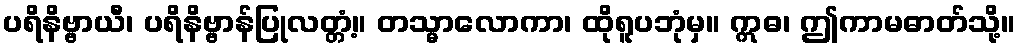
ပရိနိဗ္ဗာယီ၊ ပရိနိဗ္ဗာန်ပြုလတ္တံ့။ တသ္မာလောကာ၊ ထိုရူပဘုံမှ။ ဣဓ၊ ဤကာမဓာတ်သို့။